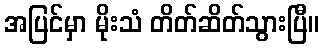
အပြင်မှာ မိုးသံ တိတ်ဆိတ်သွားပြီ။